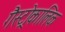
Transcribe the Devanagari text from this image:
गैस्ट्रोकालिक